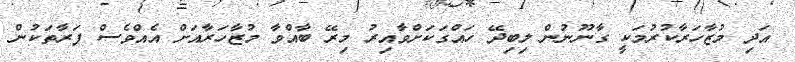
އަދި މުޒާހަރާކުރުމަކީ ގާނޫނުން ލިބިދޭ ހައްގަކަށްވާއިރު މިރޭ ބާއްވާ މުޒާހަރާއަށް އެއްވެސް ފަރާތަކުން